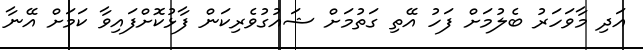
އަދި މާވަހަރު ބެލުމަށް ފަހު އޭތި ގަތުމަށް ޝައުގުވެރިކަން ފާޅުކޮށްފައިވާ ކަމަށް އޭނާ